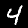
Label: 4